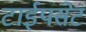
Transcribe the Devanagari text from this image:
टाईपसेट